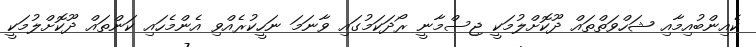
ކެއިންބުއިމާއި ޝަހްވަތްތައް ދޫކޮށްލުމަކީ ޖިސްމާނީ ރޯދަކަމުގައި ވާނަމަ ނަހީކުރެއްވި އެންމެހައި ކަންތައް ދޫކޮށްލުމަކީ